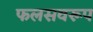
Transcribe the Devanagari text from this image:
फलसवरूप